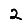
Digit: 2